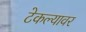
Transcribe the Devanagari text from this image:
टेकल्यावर